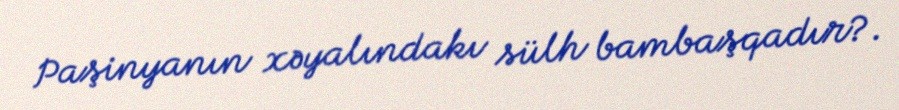
Paşinyanın xəyalındakı sülh bambaşqadır?.